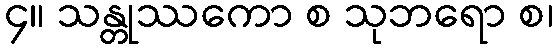
၄။ သန္တုဿကော စ သုဘရော စ၊